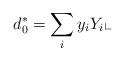
LaTeX: \begin{align*} d_0^* = \sum_i y_i Y_i \llcorner \end{align*}